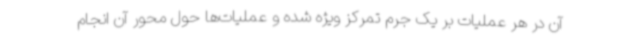
آن در هر عملیات بر یک جرم تمرکز ویژه شده و عملیات‌ها حول محور آن انجام